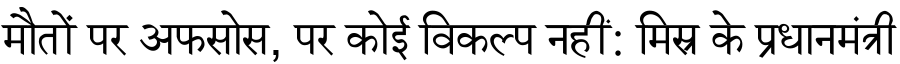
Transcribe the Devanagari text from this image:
मौतों पर अफसोस, पर कोई विकल्प नहीं: मिस्र के प्रधानमंत्री